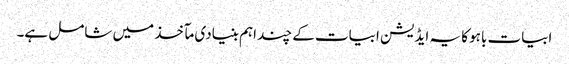
ابیات باہو کا یہ ایڈیشن ابیات کے چند اہم بنیادی مآخذ میں شامل ہے۔